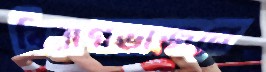
বিরাগভাজনে